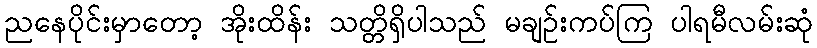
ညနေပိုင်းမှာတော့ အိုးထိန်း သတ္တိရှိပါသည် မချဉ်းကပ်ကြ ပါရမီလမ်းဆုံ